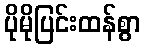
ပိုမိုပြင်းထန်စွာ